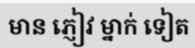
មាន ភ្ញៀវ ម្នាក់ ទៀត